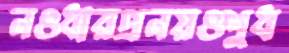
নওধারপ্রনয়ওশুধ